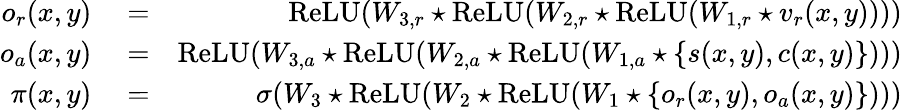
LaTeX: \begin{array}{rlr}{o_{r}(x,y)}&{{}=}&{\textrm{ReLU}(W_{3,r}\star\textrm{ReLU}(W_{2,r}\star\textrm{ReLU}(W_{1,r}\star v_{r}(x,y))))}\\ {o_{a}(x,y)}&{{}=}&{\textrm{ReLU}(W_{3,a}\star\textrm{ReLU}(W_{2,a}\star\textrm{ReLU}(W_{1,a}\star\{ s(x,y),c(x,y)\} )))}\\ {\pi(x,y)}&{{}=}&{\sigma(W_{3}\star\textrm{ReLU}(W_{2}\star\textrm{ReLU}(W_{1}\star\{ o_{r}(x,y),o_{a}(x,y)\} )))}\end{array}